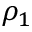
\rho _ { 1 }